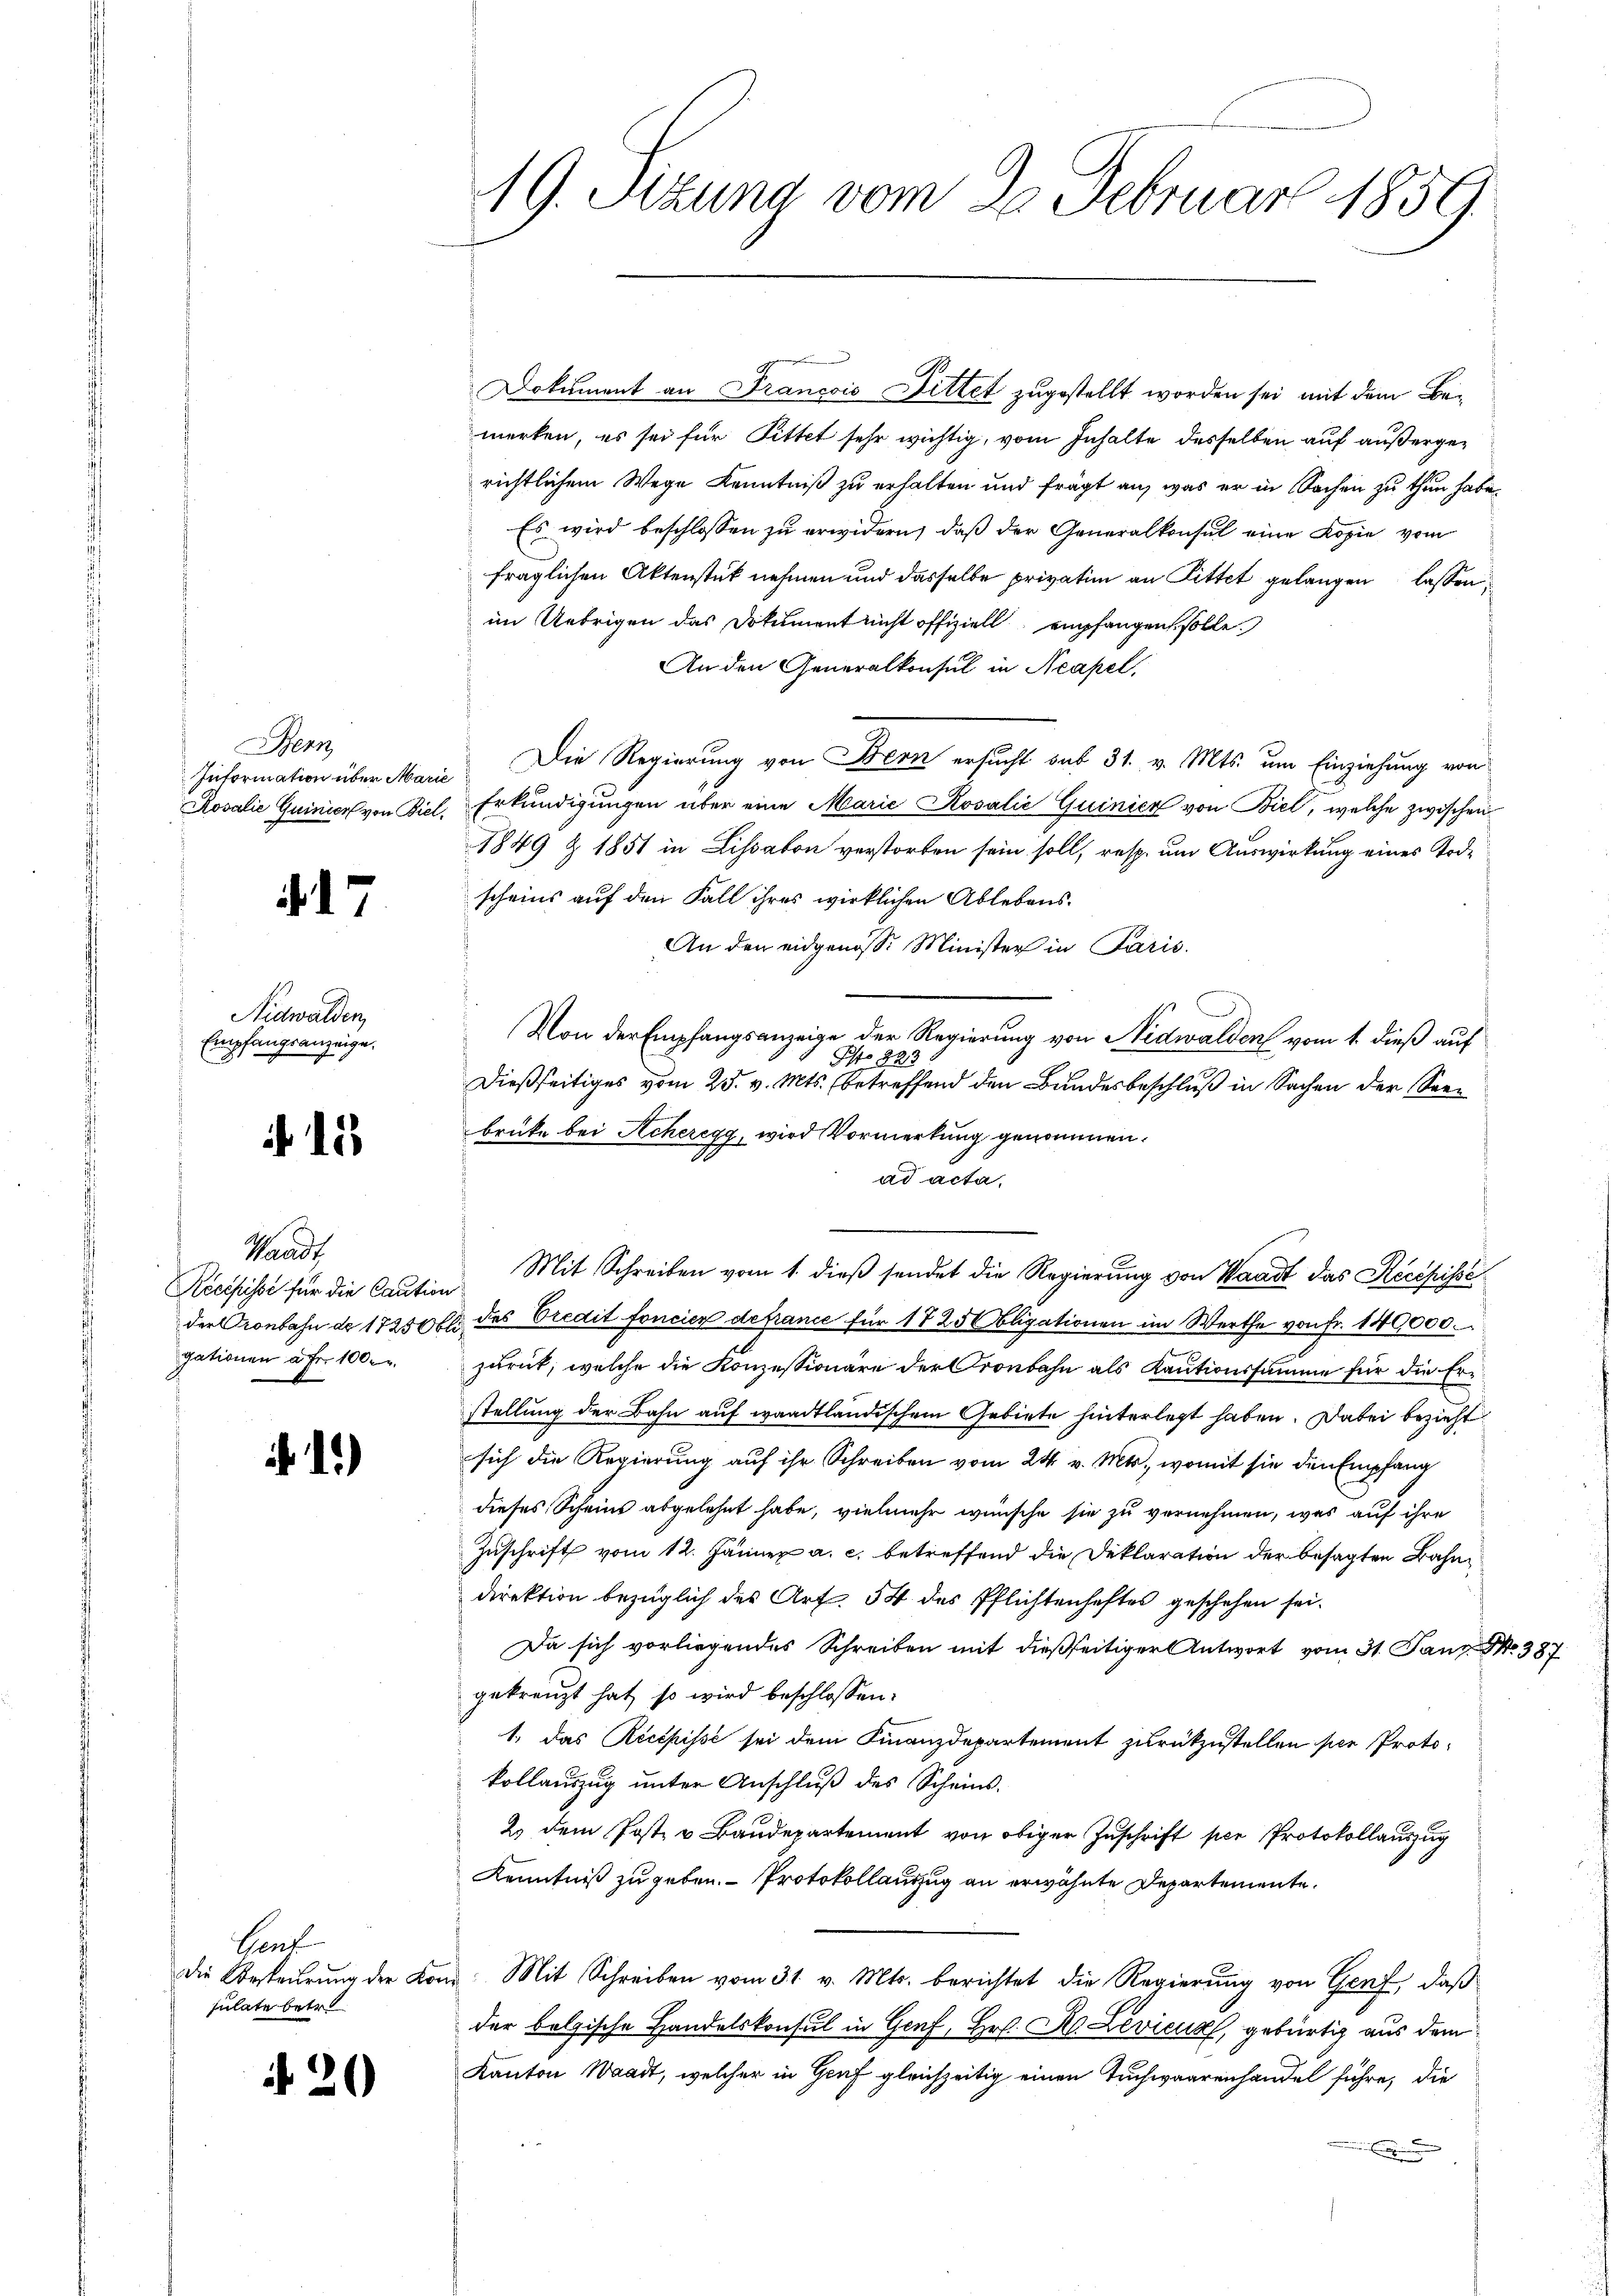
Bern
Information über Marie

417

Aidwalden,
Empfangsanzeige.

15

Waadt
Recepisse für die Caution
gationen à Fr. 100.

1.)

Laut
sulate betr

N 20

19. Sizung vom 28. Februar 1859.

merken, es sei für Pittet sehr wichtig, vom Inhalte desselben auf außergerichtlichem Wege Kenntniß zu erhalten und frägt an, was er in Sachen zu thun habe.
Es wird beschlossen zu erwidern, daß der Generalkonsul eine Kopie vom
fraglichen Aktenstück nehmen und dasselbe privation an Pittet gelangen lassen,
im Uebrigen das Dokument nicht offiziell empfangen solle.
An den Generalkonsul in Neapel,
Die Regierung von Bern ersucht sub 31. v. Mts. um Einziehung von
Rosalie Quinier von Biel, Erkundigungen über eine Marie Rosalić Quinier von Biel, welche zwischen
1849 Z 1851 in Lissabon verstorben sein soll, resp. um Auswirkung eines Todscheins auf den Fall ihres wirklichen Ablebens¬
An den eidgenosse Minister in Paris.
Von der Empfangsanzeige der Regierung von Nidwalden vom 1. dieß auf
Pisto 223
Dießseitiges vom 25. v. Mts. (betreffend den Bundesbeschluß in Sachen der Seebrücke bei Acheregg, wird Vormerkung genommen.
ad acta.
Mit Schreiben vom 1. dieß sendet die Regierung von Waadt das Recepisse
der Cronbahn de 17250 fl des Predit foncier defrance für 1725 bligationen im Werthe von Fr. 140000.
zurut, welche die Konzessionäre der Cronbahn als Kautionssumme für die Eristellung der Bahn auf waadtländischem Gebiete hinterlegt haben. Dabei bezieht
sich die Regierung auf ihr Schreiben vom 24. v. Mts., womit sie den Empfang
dieses Scheins abgelehnt habe, vielmehr wünsche sie zu vernehmen, was auf ihre
Zuschrift vom 12. Jänner a. c. betreffend die Deklaration der besagten Bahndirektion bezüglich des Art. 54 des Pflichtenhaftes geschehen sei.
Da sich vorliegendes Schreiben mit dießseitiger Antwort vom 31. Janz. No 387
gekreuzt hat, so wird beschlossen:
1. Das Recepisse sei dem Finanzdepartement zurückzustellen sie Protokollauszug unter Anschluß des Scheins¬
2. dem Post- u Baudepartement von obiger Zuschrift per Protokollauszug
Kenntniß zu geben. Protokollauszug an erwähnte Departemente.
die Besteurung der Kong. Mit Schreiben vom 31. v. Mts. berichtet die Regierung von Genf, daß
der belgische Handelskonsul in Genf, Hr. H. Levicua, gebürtig aus dem
Kanton Waadt, welcher in Genf gleichzeitig einen Tuchwaarenhandel führe, die

Dokument an Francois Dittet zugestellt worden sei mit dem Be¬